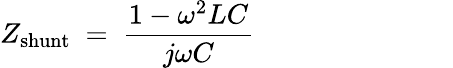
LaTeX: Z_{\mathrm{shunt}}~=~{\frac{1-\omega^{2}LC}{j\omega C}}~~~~~~~~~~~~~~~~~~~~~~~~~~~~